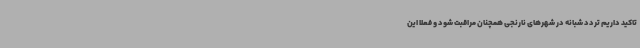
تاکید داریم تردد شبانه در شهرهای نارنجی همچنان مراقبت شود و فعلا این